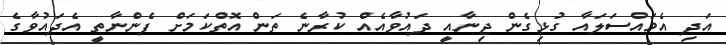
އަދި އެމައްސަލައާ ގުޅިގެން ޖިނާއީ ދައުވާއެއް ކުރާނެ ތަން އޮތްކަމަށް ފެންނާތީ އެދައުވާގެ